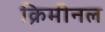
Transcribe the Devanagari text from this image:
क्रिमीनल